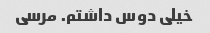
خیلی دوس داشتم. مرسی